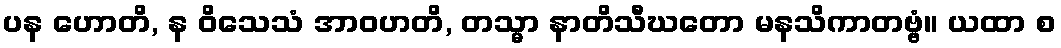
ပန ဟောတိ, န ဝိသေသံ အာဝဟတိ, တသ္မာ နာတိသီဃတော မနသိကာတဗ္ဗံ။ ယထာ စ